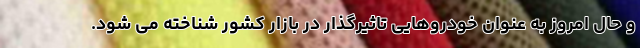
و حال امروز به عنوان خودروهایی تاثیرگذار در بازار کشور شناخته می شود.